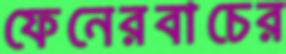
ফেনেরবাচের